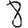
Digit: 8